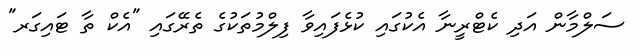
ސަލްމާން އަދި ކެޓްރީނާ އެކުގައި ކުޅެފައިވާ ފިލްމުތަކުގެ ތެރޭގަައި "އެކް ތާ ޓައިގަރ"